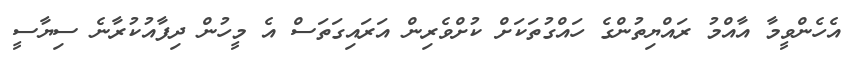
އެހެންވީމާ އާއްމު ރައްޔިތުންގެ ހައްގުތަކަށް ކުށްވެރިން އަރައިގަތަސް އެ މީހުން ދިފާއުކުރާނެ ސިޔާސީ